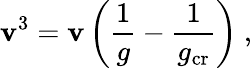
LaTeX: \mathbf{v}^{3}=\mathbf{v}\left(\frac{{1}}{{g}}-\frac{{1}}{{g_{\mathrm{{cr}}}}}\right)\ ,